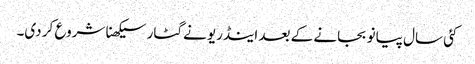
کئی سال پیانو بجانے کے بعد اینڈریو نے گٹار سیکھنا شروع کر دی۔